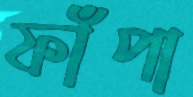
ফাঁপা